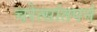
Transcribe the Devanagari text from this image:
चरेत्सांतपनं